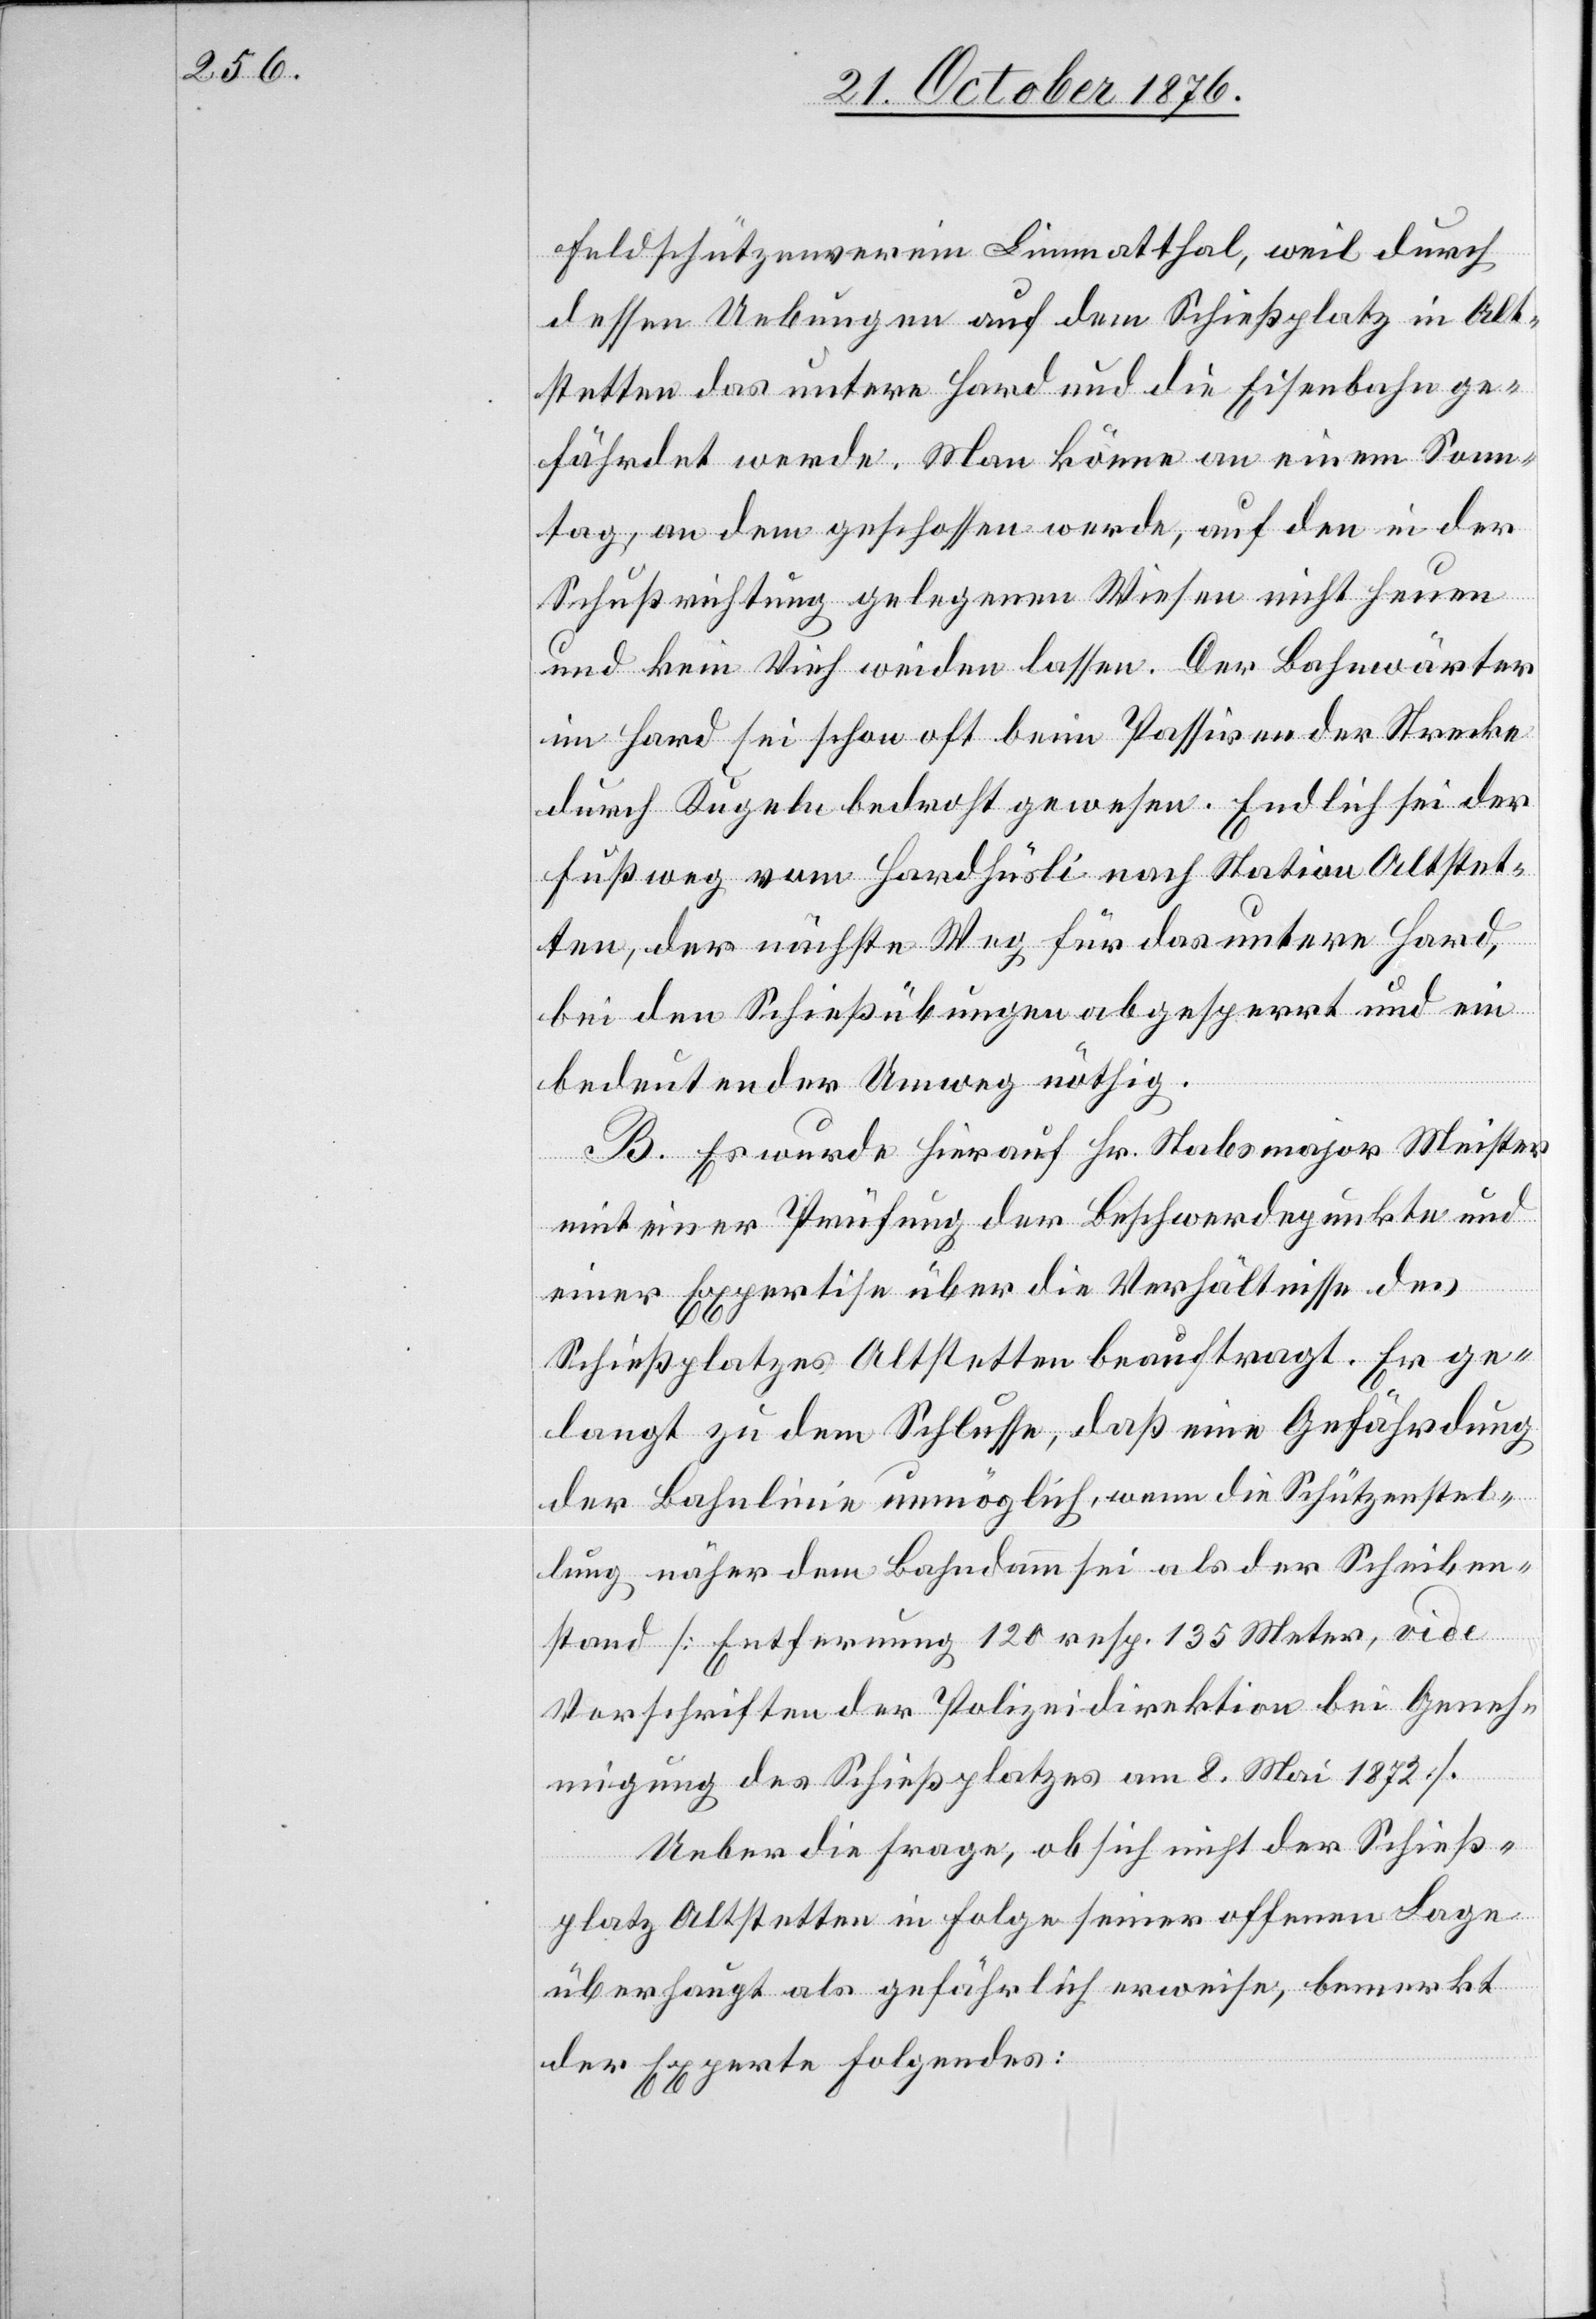
Feldschützenverein Limmatthal, weil durch
dessen Uebungen auf dem Schießplatz in Alt¬
stetten das untere Hard und die Eisenbahn ge¬
fährdet werde. Man könne an einem Sonn¬
tag, an dem geschossen werde, auf den in der
Schußrichtung gelegenen Wiesen nicht Heuen
und kein Vieh weiden lassen. Der Bahnwärter
im Hard sei schon oft beim Passiren der Strecke
durch Kugeln bedroht gewesen. Endlich sei der
Fußweg vom Hardhüsli nach Station Altstet¬
ten, der nächste Weg für das untere Hard,
bei den Schießübungen abgesperrt und ein
bedeutender Umweg nöthig.
B. Es wurde hierauf Hr. Stabsmajor Meister
mit einer Prüfung der Beschwerdepunkte und
einer Expertise über die Verhältnisse des
Schießplatzes Altstetten beauftragt. Er ge¬
langt zu dem Schlusse, daß eine Gefährdung
der Bahnlinie unmöglich, wenn die Schützenstel¬
lung näher dem Bahndamm sei als der Scheiben¬
stand [Entfernung 120 resp. 135 Meter, vide
Vorschriften der Polizeidirektion bei Geneh¬
migung des Schießplatzes am 8. Mai 1872.].
Ueber die Frage, ob sich nicht der Schieß¬
platz Altstetten in Folge seiner offenen Lage
überhaupt als gefährlich erweise, bemerkt
der Experte Folgendes: